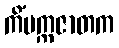
ကိံပက္ကဇာတက